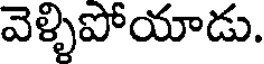
వెళ్ళిపోయాడు.